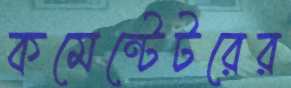
কমেন্টেটরের